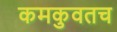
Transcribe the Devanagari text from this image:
कमकुवतच